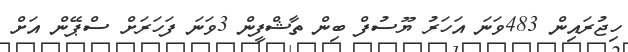
ހިޖުރައިން 483ވަނަ އަހަރު ޔޫސުފް ބިން ތާޝްފީން 3ވަނަ ފަހަރަށް ސްޕޭން އަށް